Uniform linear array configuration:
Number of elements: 64
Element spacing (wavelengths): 0.25
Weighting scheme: hann
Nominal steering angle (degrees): -60
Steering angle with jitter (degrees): -59.176
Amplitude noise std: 0.05
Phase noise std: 0.05

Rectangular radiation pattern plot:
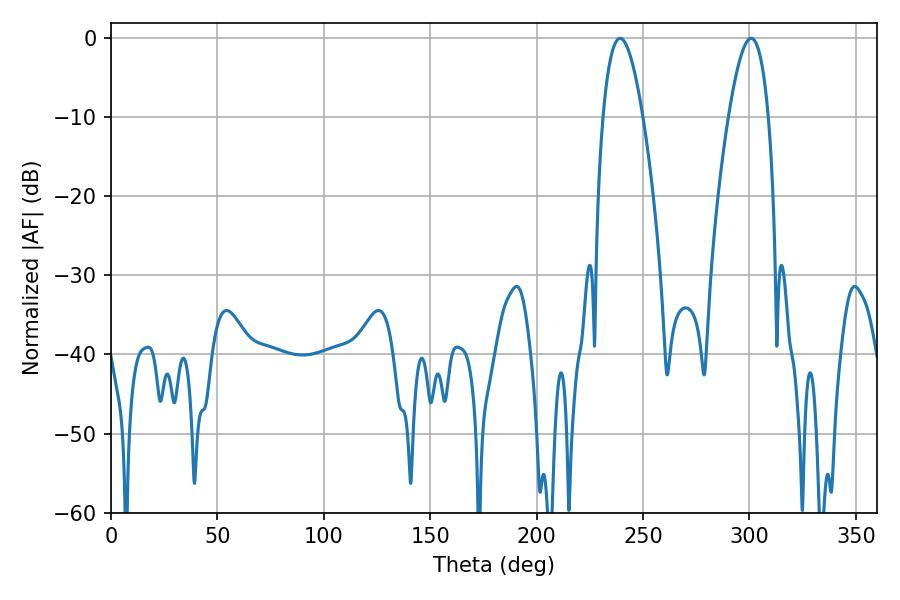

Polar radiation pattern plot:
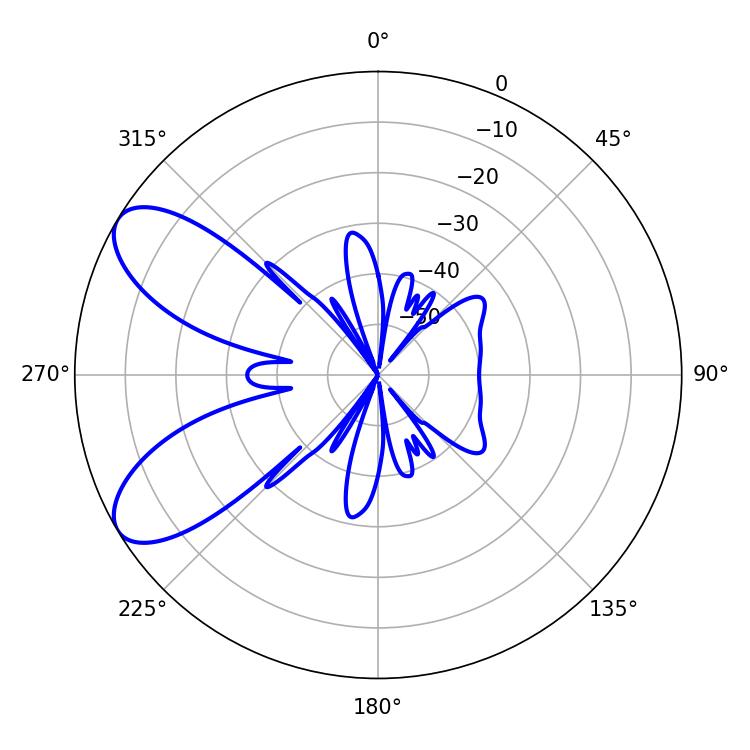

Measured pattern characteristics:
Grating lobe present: FALSE
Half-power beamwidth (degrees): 10.26
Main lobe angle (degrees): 239.22